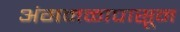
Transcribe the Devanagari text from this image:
अंगमळापासून